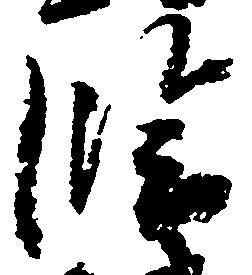
臨